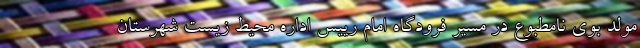
مولد بوی نامطبوع در مسیر فرودگاه امام رییس اداره محیط زیست شهرستان